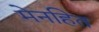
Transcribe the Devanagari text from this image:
मेनहित